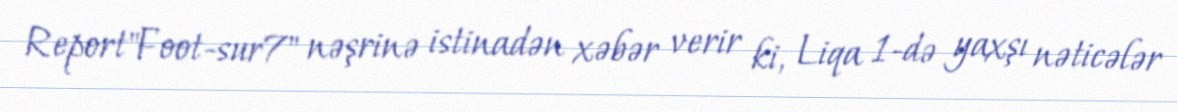
Report"Foot-sur7" nəşrinə istinadən xəbər verir ki, Liqa 1-də yaxşı nəticələr